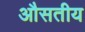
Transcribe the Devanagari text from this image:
औसतीय